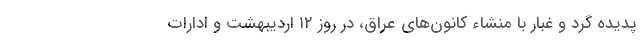
پدیده گرد و غبار با منشاء کانون‌های عراق، در روز ۱۲ اردیبهشت و ادارات